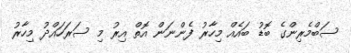
ސަބްމެރިންގެ ބޮޑު ބައެއް މިހާރު ފެންނަން އޮތް އިރު މި ސަރަހައްދު މިހާރު